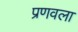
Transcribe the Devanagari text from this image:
प्रणवला